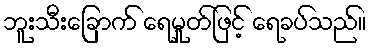
ဘူးသီးခြောက် ရေမှုတ်ဖြင့် ရေခပ်သည်။